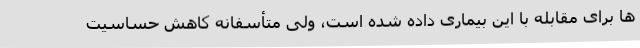
ها برای مقابله با این بیماری داده شده است، ولی متأسفانه کاهش حساسیت